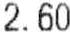
2.60